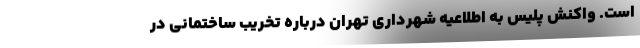
است. واکنش پلیس به اطلاعیه شهرداری تهران درباره تخریب ساختمانی در